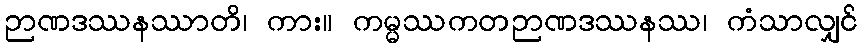
ဉာဏဒဿနဿာတိ၊ ကား။ ကမ္မဿကတဉာဏဒဿနဿ၊ ကံသာလျှင်